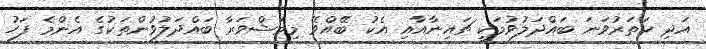
އަދި ހަތަރުވަނަ ބައްދަލުވުމަކީ ޗައިނާއާއި އެކު ބޭއްވޭ މިމަޝްވަރާ ބައްދަލުވުންތަކުގެ އެންމެ ފަހު